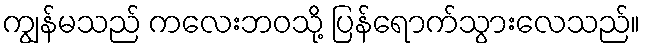
ကျွန်မသည် ကလေးဘဝသို့ ပြန်ရောက်သွားလေသည်။